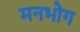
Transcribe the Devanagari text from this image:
मनभोग